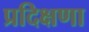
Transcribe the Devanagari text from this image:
प्रदिक्षणा